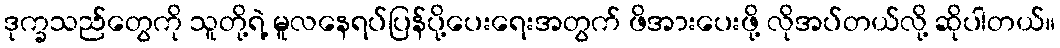
ဒုက္ခသည်တွေကို သူတို့ရဲ့ မူလနေရပ်ပြန်ပို့ပေးရေးအတွက် ဖိအားပေးဖို့ လိုအပ်တယ်လို့ ဆိုပါတယ်။